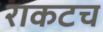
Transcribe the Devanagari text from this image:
राकटच